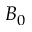
B _ { 0 }